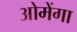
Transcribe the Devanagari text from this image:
ओमेंगा